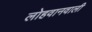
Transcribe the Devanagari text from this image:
लोहवानवाली